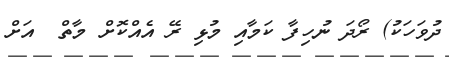
ދުވަހަކު) ރޯދަ ނުހިފާ ކަމާއި މުޅި ރޭ އެއްކޮށް މާތް  އަށް